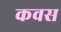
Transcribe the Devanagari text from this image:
कवस